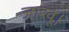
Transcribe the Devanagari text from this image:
जाखू।